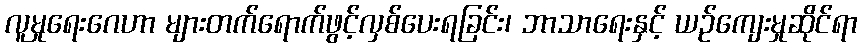
လူမှုရေးဂေဟာ များတက်ရောက်ဖွင့်လှစ်ပေးရခြင်း၊ ဘာသာရေးနှင့် ယဉ်ကျေးမှုဆိုင်ရာ